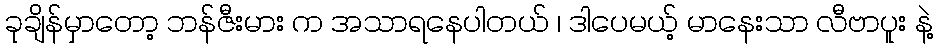
ခုချိန်မှာတော့ ဘန်ဇီးမား က အသာရနေပါတယ် ၊ ဒါပေမယ့် မာနေးသာ လီဗာပူး နဲ့